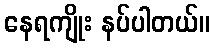
နေရကျိုး နပ်ပါတယ်။